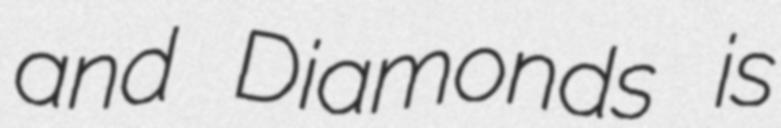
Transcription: and Diamonds is